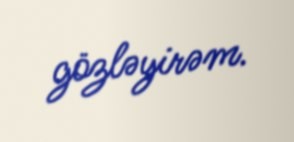
gözləyirəm.